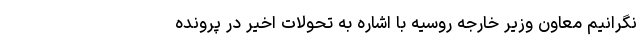
نگرانیم معاون وزیر خارجه روسیه با اشاره به تحولات اخیر در پرونده